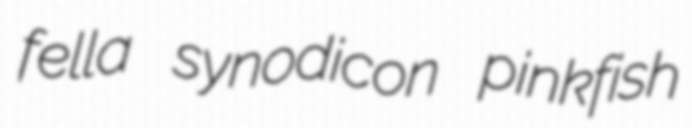
fella synodicon pinkfish